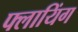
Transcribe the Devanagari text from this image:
फ्लायिंग